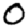
Digit: 0